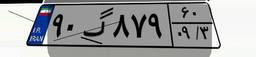
۶۸گ۲۰۷۹۵